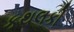
કથલકી